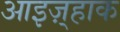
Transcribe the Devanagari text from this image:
आइज़्हाक